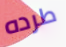
طرده